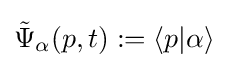
{\tilde {\Psi }}_{\alpha }(p,t):=\langle p|\alpha \rangle